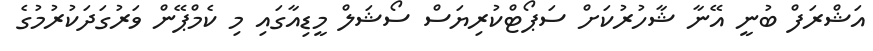
އަޝްރަފް ބުނީ އޭނާ ޝާހުރުކަށް ސަޕޯޓްކުރިޔަސް ސޯޝަލް މީޑިއާގައި މި ކެމްޕޭން ވަރުގަދަކުރުމުގެ